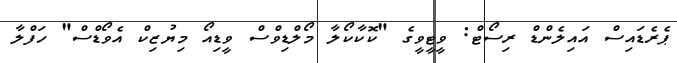
ޕެރެޑައިސް އައިލެންޑް ރިސޯޓް: ވީޓީވީގެ "ކޮކާކޯލާ މޯލްޑިވްސް ވީޑިއޯ މިޔުޒިކް އެވޯޑްސް" ހަފްލާ